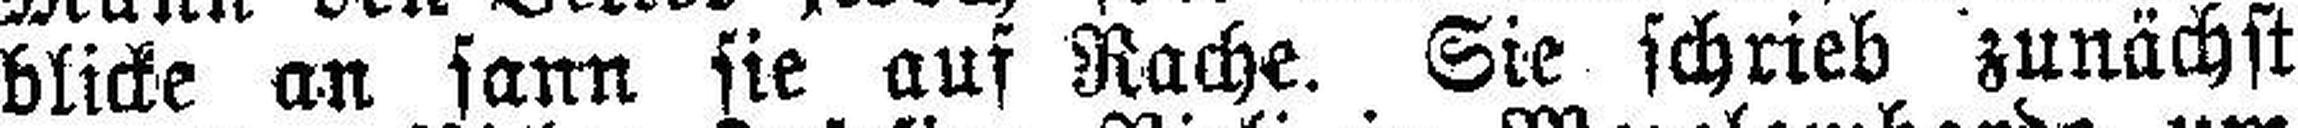
blicke an sann sie auf Rache. Sie schrieb zunächst